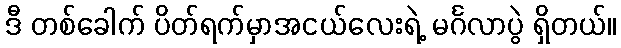
ဒီ တစ်ခေါက် ပိတ်ရက်မှာအငယ်လေးရဲ့ မင်္ဂလာပွဲ ရှိတယ်။